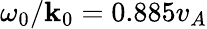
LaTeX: \omega_{0}/\mathbf{k}_{0}=0.885v_{A}